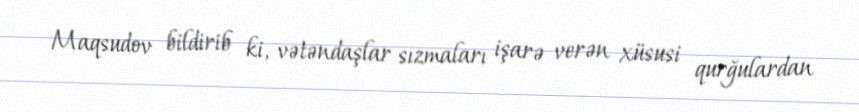
Maqsudov bildirib ki, vətəndaşlar sızmaları işarə verən xüsusi qurğulardan